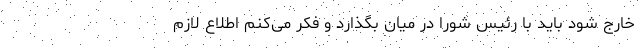
خارج شود باید با رئیس شورا در میان بگذارد و فکر می‌کنم اطلاع لازم